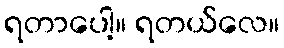
ရတာပေါ့။ ရတယ်လေ။